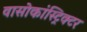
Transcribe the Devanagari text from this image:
वासोकांस्ट्रिक्टर